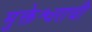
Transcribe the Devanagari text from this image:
मुक्तेश्वराची